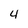
Character: 4